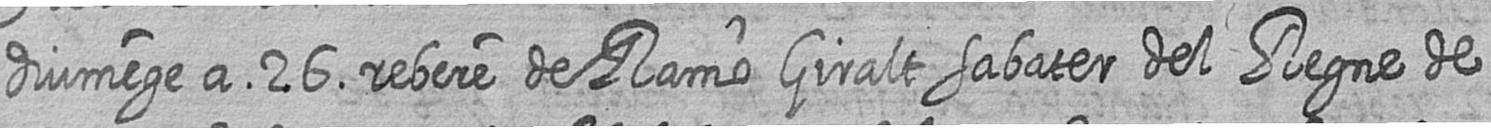
diumege a 26 rebere de Ramo Giralt sabater del Regne de